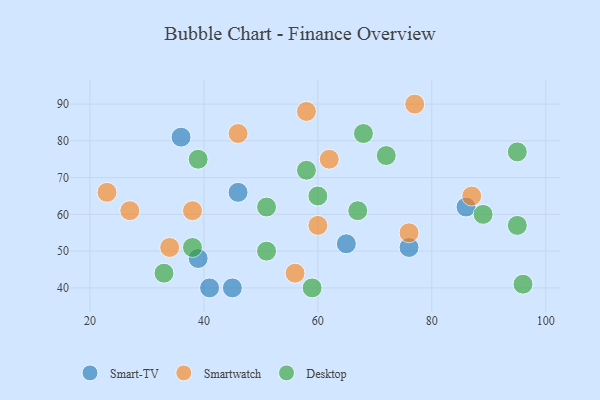
{"axis": {"x": "GDP", "y": "Life Expectancy"}, "legend": ["Desktop", "Smart-TV", "Smartwatch"], "data": [{"x": "65", "y": 52, "type": "Smart-TV"}, {"x": "45", "y": 40, "type": "Smart-TV"}, {"x": "39", "y": 48, "type": "Smart-TV"}, {"x": "41", "y": 40, "type": "Smart-TV"}, {"x": "46", "y": 66, "type": "Smart-TV"}, {"x": "36", "y": 81, "type": "Smart-TV"}, {"x": "86", "y": 62, "type": "Smart-TV"}, {"x": "76", "y": 51, "type": "Smart-TV"}, {"x": "60", "y": 57, "type": "Smartwatch"}, {"x": "27", "y": 61, "type": "Smartwatch"}, {"x": "56", "y": 44, "type": "Smartwatch"}, {"x": "77", "y": 90, "type": "Smartwatch"}, {"x": "62", "y": 75, "type": "Smartwatch"}, {"x": "76", "y": 55, "type": "Smartwatch"}, {"x": "58", "y": 88, "type": "Smartwatch"}, {"x": "38", "y": 61, "type": "Smartwatch"}, {"x": "87", "y": 65, "type": "Smartwatch"}, {"x": "46", "y": 82, "type": "Smartwatch"}, {"x": "23", "y": 66, "type": "Smartwatch"}, {"x": "34", "y": 51, "type": "Smartwatch"}, {"x": "33", "y": 44, "type": "Desktop"}, {"x": "58", "y": 72, "type": "Desktop"}, {"x": "68", "y": 82, "type": "Desktop"}, {"x": "67", "y": 61, "type": "Desktop"}, {"x": "95", "y": 57, "type": "Desktop"}, {"x": "59", "y": 40, "type": "Desktop"}, {"x": "60", "y": 65, "type": "Desktop"}, {"x": "96", "y": 41, "type": "Desktop"}, {"x": "39", "y": 75, "type": "Desktop"}, {"x": "51", "y": 50, "type": "Desktop"}, {"x": "38", "y": 51, "type": "Desktop"}, {"x": "89", "y": 60, "type": "Desktop"}, {"x": "95", "y": 77, "type": "Desktop"}, {"x": "51", "y": 62, "type": "Desktop"}, {"x": "72", "y": 76, "type": "Desktop"}]}